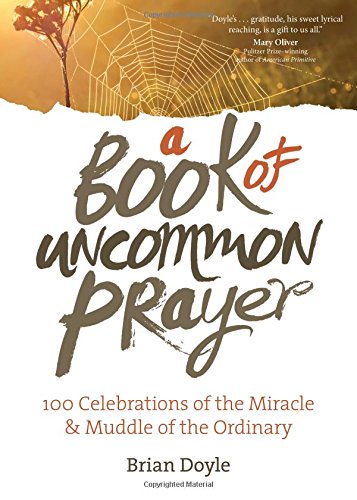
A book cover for A Book of Uncommon Prayer: 100 Celebrations of the Miracle & Muddle of the Ordinary; Brian Doyle; Christian Books & Bibles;